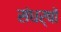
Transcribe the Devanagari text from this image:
संधर्षों